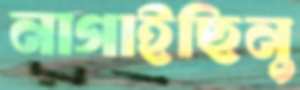
নাগাইছিনু